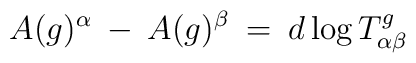
A(g)^{\alpha} \: - \: A(g)^{\beta} \: = \: d \log T^g_{\alpha \beta}